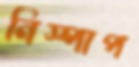
নিস্পাপ